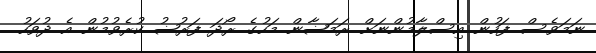
ނަމަވެސް ފަހުން އިސްލާމުންނަށް ރަމަޟާން މަހުގެ ރޯދަ ފަރުޟު ކުރެވުމުން އެ ދުވަހު